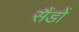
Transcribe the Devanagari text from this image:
सैंडों